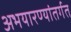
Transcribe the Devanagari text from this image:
अभयारण्यांतर्गत